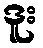
ဒူး